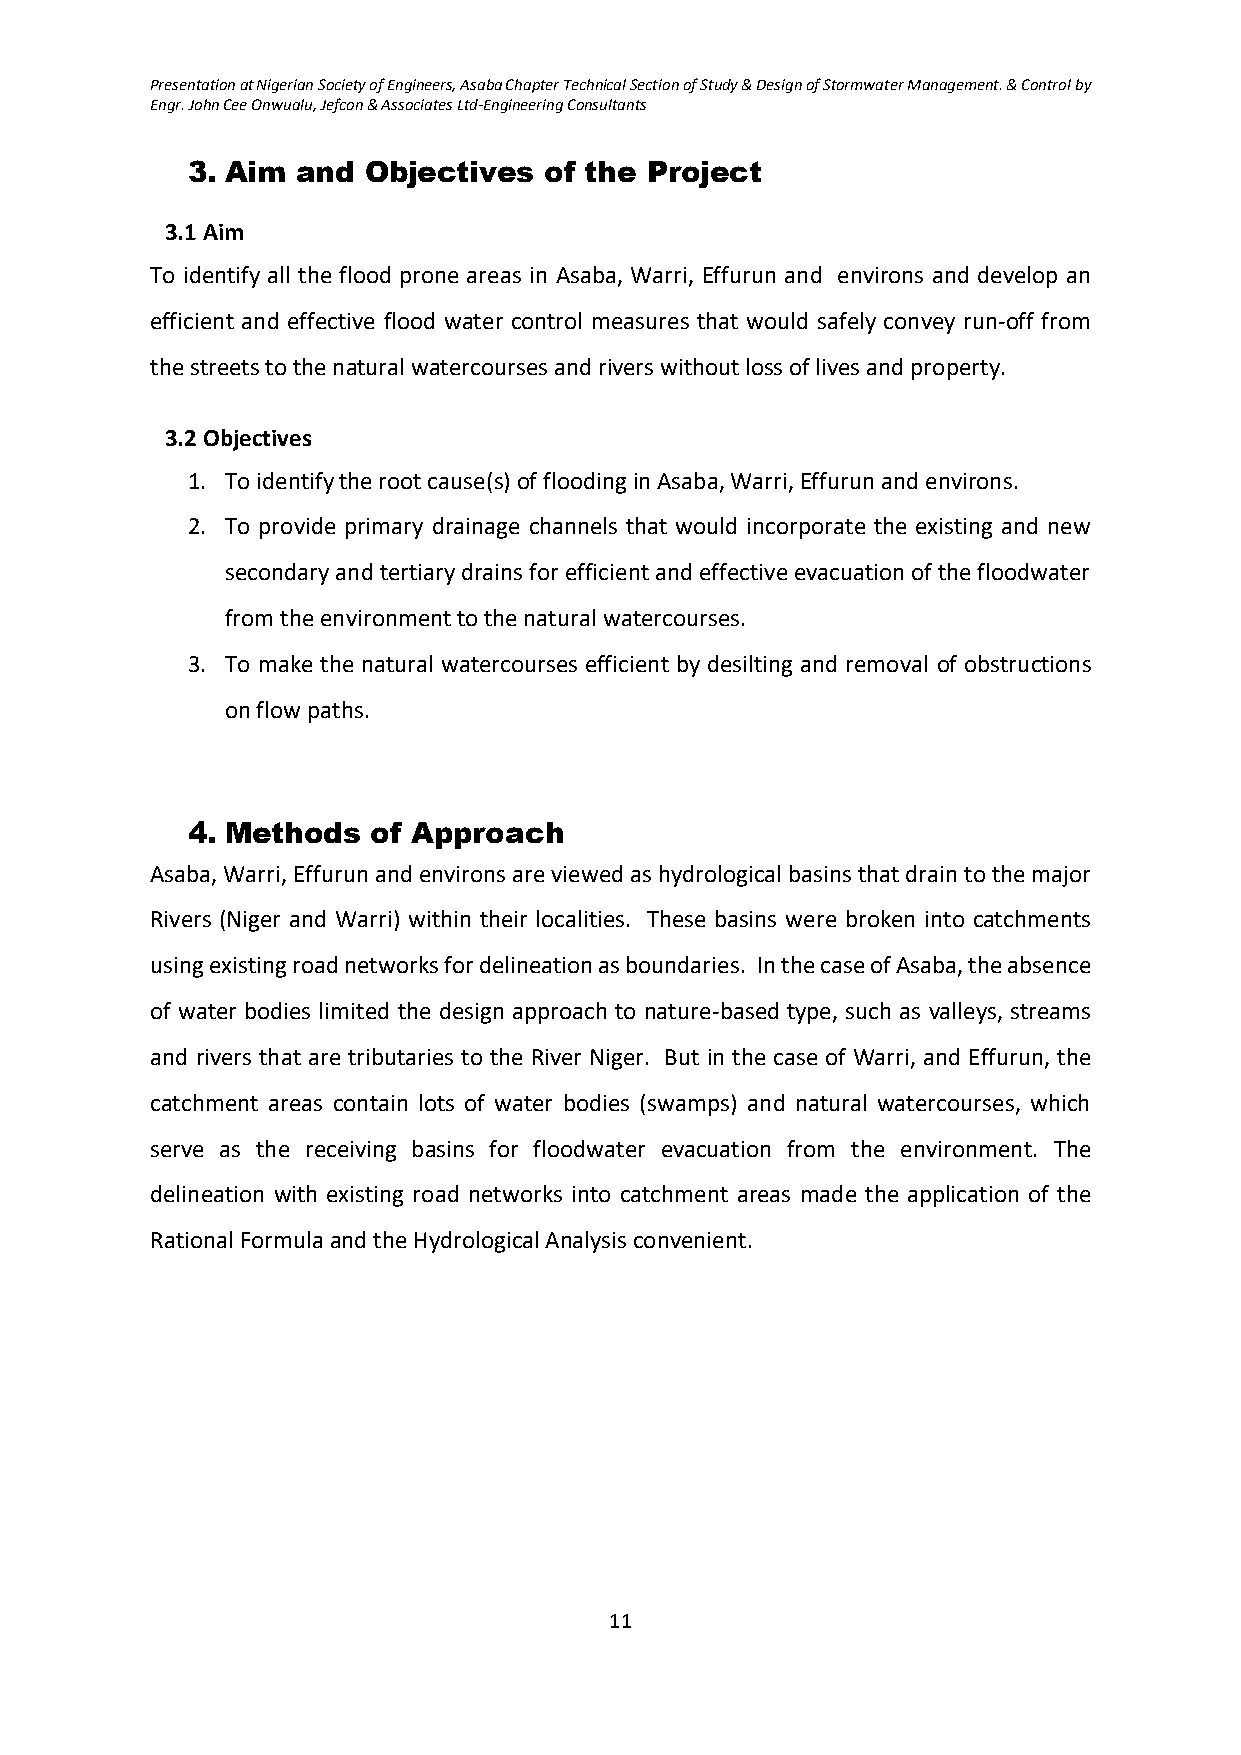
Presentation at Nigerian Society of Engineers, Asaba Chapter Technical Section of Study & Design of Stormwater Management. & Control by
 Engr. John Cee Onwualu, Jefcon & Associates Ltd-Engineering Consultants
 3. Aim  and Objectives  of the Project
 3.1 Aim
 To identify all the flood prone areas in Asaba, Warri, Effurun and environs and develop an
 efficient and effective flood water control measures that would safely convey run-off from
 the streets to the natural watercourses and rivers without loss of lives and property.
 3.2 Objectives
 1. To identify the root cause(s) of flooding in Asaba, Warri, Effurun and environs.
 2. To provide primary drainage channels that would incorporate the existing and new
 secondary and tertiary drains for efficient and effective evacuation of the floodwater
 from the environment to the natural watercourses.
 3. To make the natural watercourses efficient by desilting and removal of obstructions
 on flow paths.
 4. Methods   of Approach
 Asaba, Warri, Effurun and environs are viewed as hydrological basins that drain to the major
 Rivers (Niger and Warri) within their localities. These basins were broken into catchments
 using existing road networks for delineation as boundaries. In the case of Asaba, the absence
 of water bodies limited the design approach to nature-based type, such as valleys, streams
 and rivers that are tributaries to the River Niger. But in the case of Warri, and Effurun, the
 catchment areas contain lots of water bodies (swamps) and natural watercourses, which
 serve as the receiving basins for floodwater evacuation from the environment. The
 delineation with existing road networks into catchment areas made the application of the
 Rational Formula and the Hydrological Analysis convenient.
 11